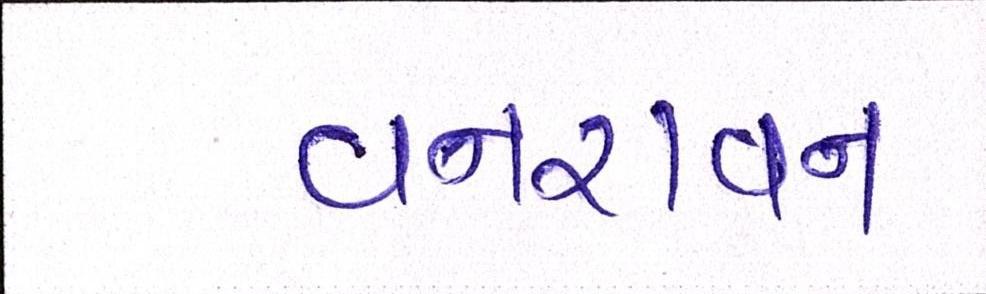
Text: વનરાવન